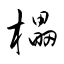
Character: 櫑